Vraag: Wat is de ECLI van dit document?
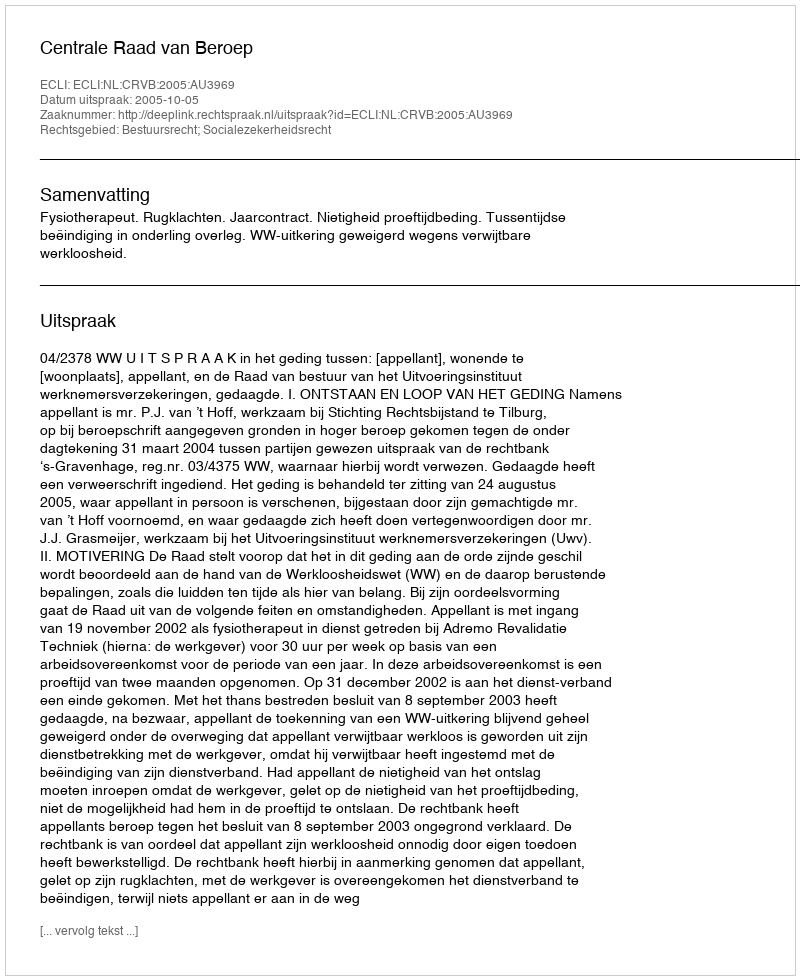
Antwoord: ECLI:NL:CRVB:2005:AU3969